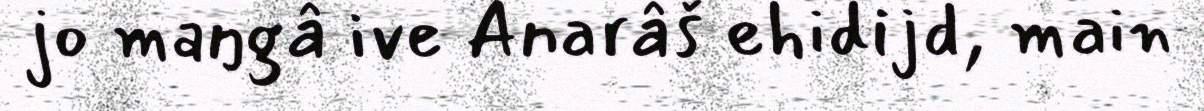
jo maŋgâ ive Anarâš ehidijd, main